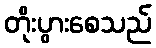
တိုးပွားစေသည်